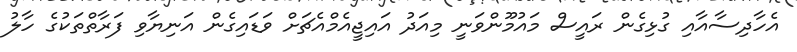
އެހާދިސާއާއި ގުޅިގެން ރައީސް މައުމޫންވަނީ މިއަދު އައިޖީއެމްއެޗަށް ވަޑައިގެން އަނިޔާވި ފަރާތްތަކުގެ ހާލު